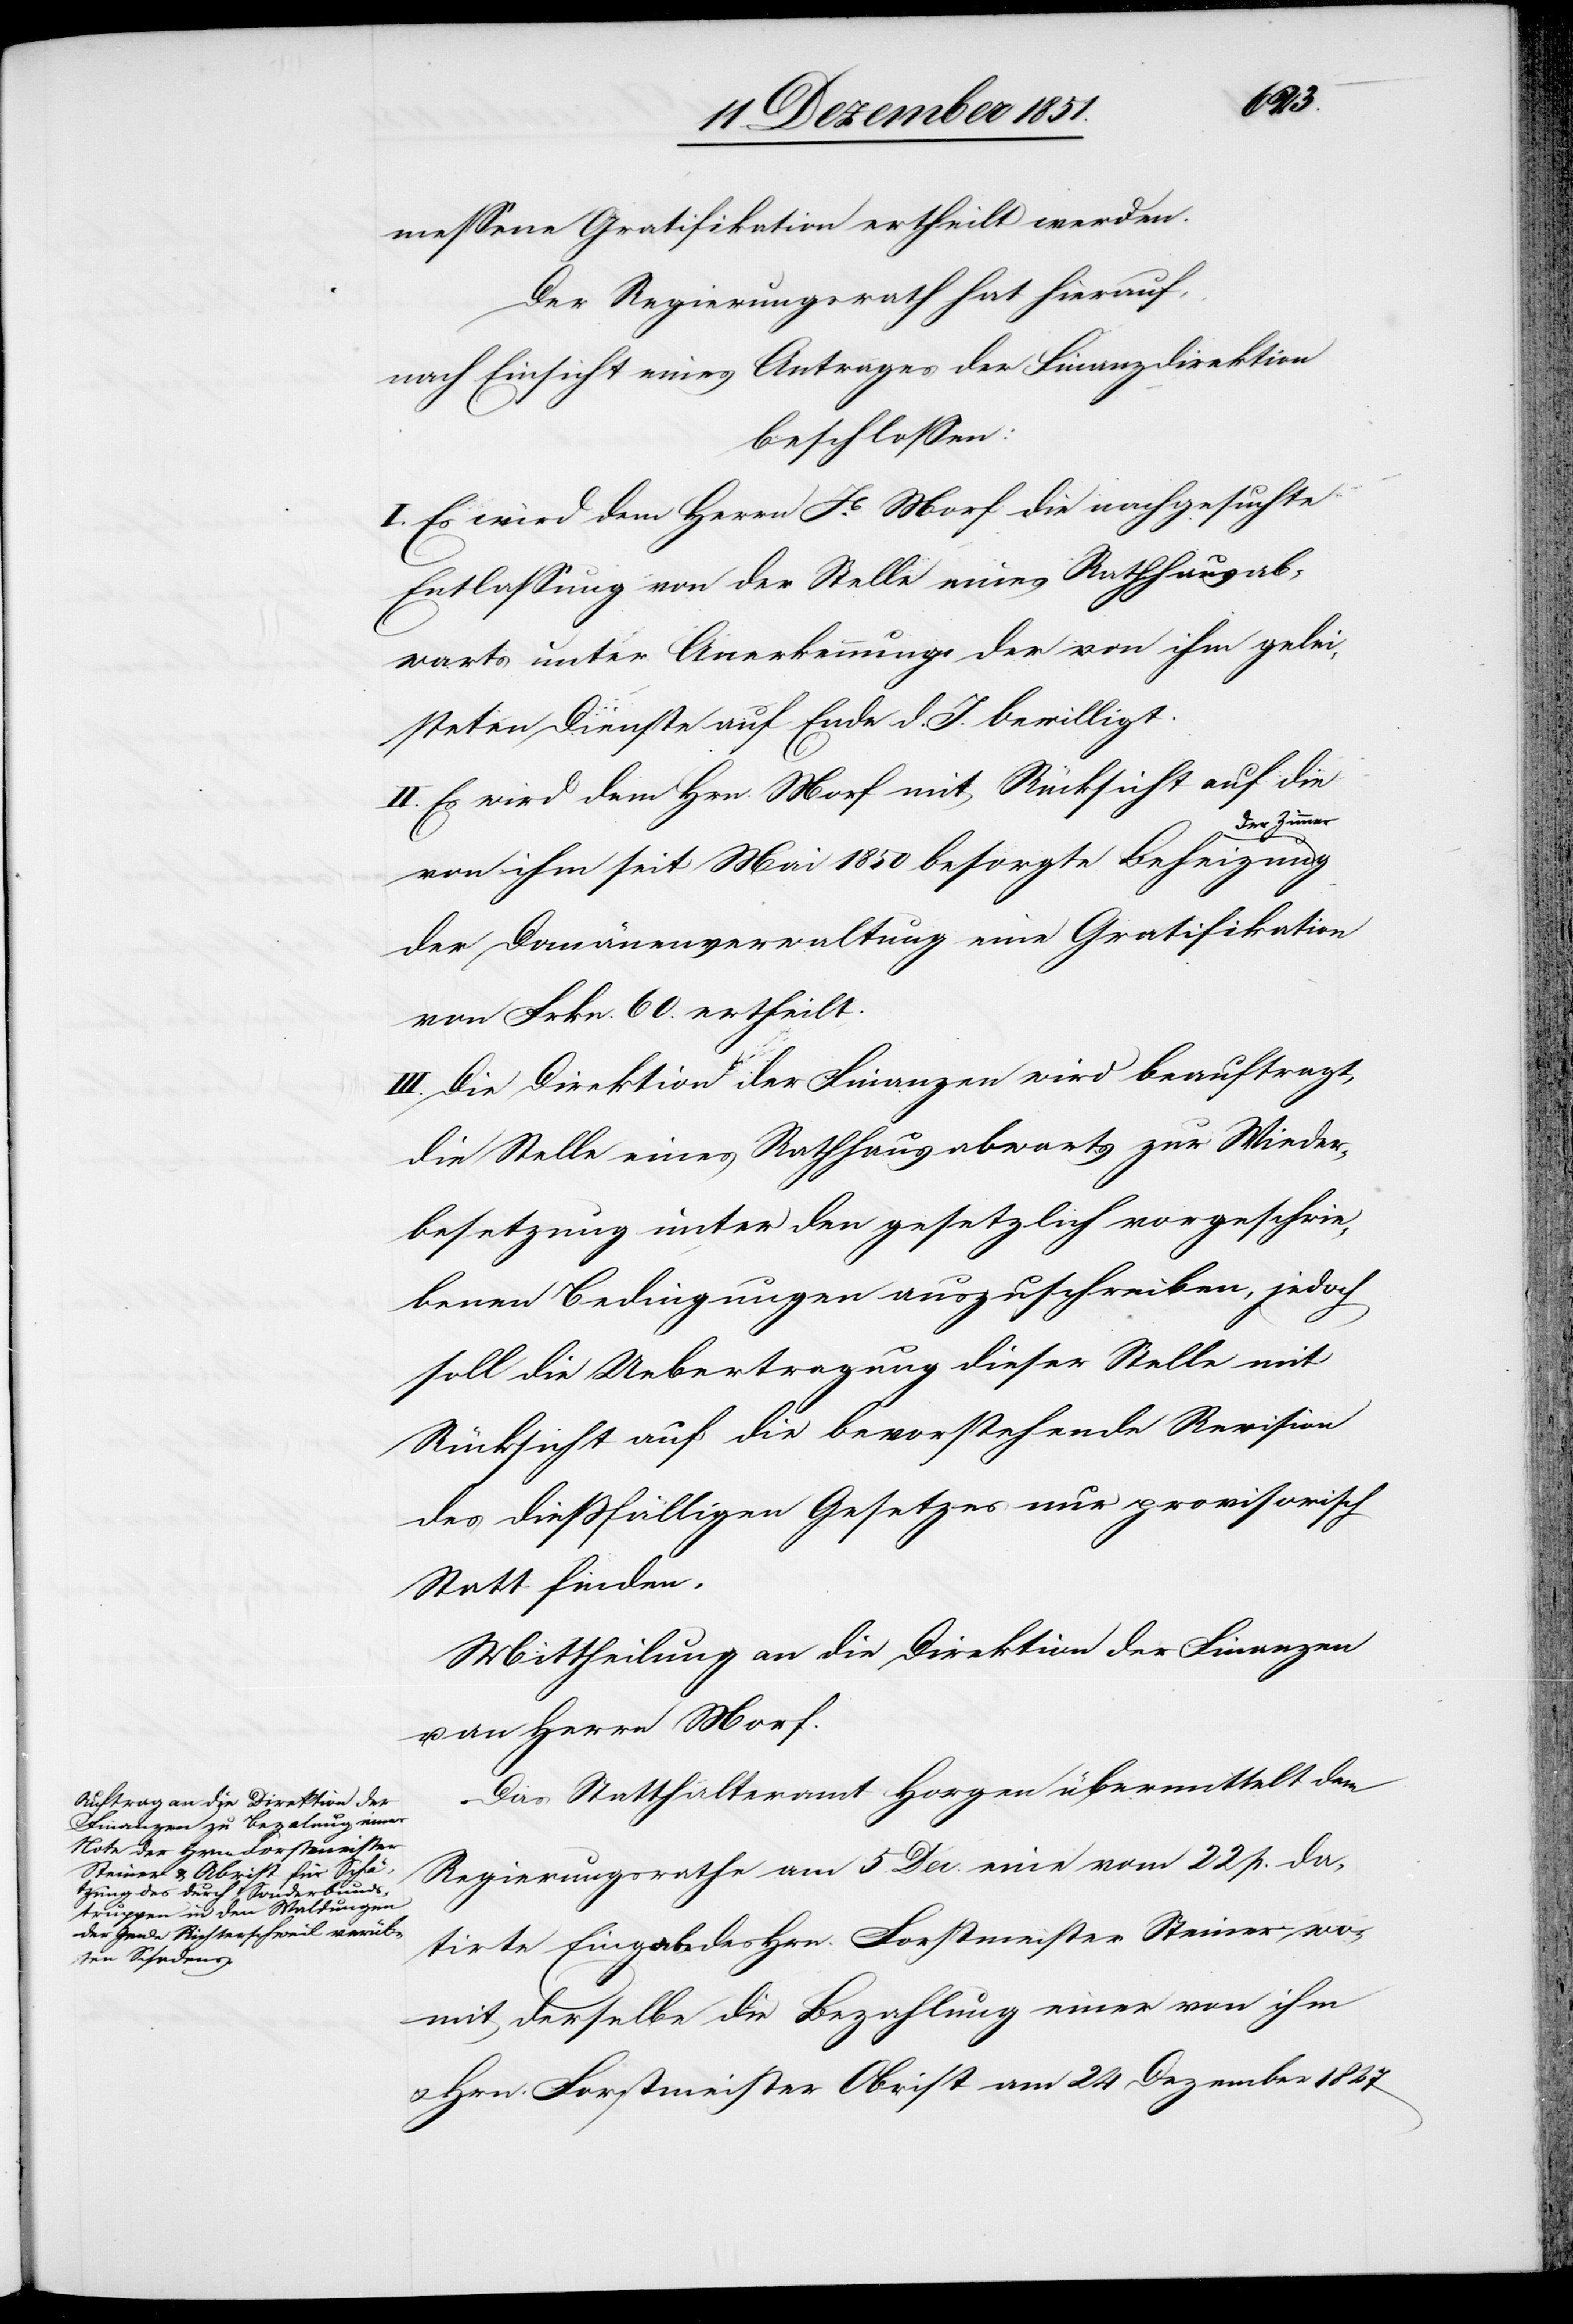
messene Gratifikation ertheilt werden.
Der Regierungsrath hat hierauf,
nach Einsicht eines Antrages der Finanzdirektion
beschlossen:
I. Es wird dem Herrn Jb. Morf die nachgesuchte
Entlassung von der Stelle eines Rathhausab¬
warts unter Anerkennung der von ihm gelei¬
steten Dienste auf Ende d. J. bewilligt.
II. Es wird dem Hrn. Morf mit Rücksicht auf die
der Zimmer
von ihm seit Mai 1850 besorgte Beheizung
der Domänenverwaltung eine Gratifikation
von Frkn. 60. ertheilt.
III. Die Direktion der Finanzen wird beauftragt,
die Stelle eines Rathhausabwarts zur Wieder¬
besetzung unter den gesetzlich vorgeschrie¬
benen Bedingungen auszuschreiben, jedoch
soll die Uebertragung dieser Stelle mit
Rücksicht auf die bevorstehende Revision
des dießfälligen Gesetzes nur provisorisch
Statt finden.
Mittheilung an die Direktion der Finanzen
u. an Herrn Morf.
Das Statthalteramt Horgen übermittelt dem
Regierungsrathe am 5. Dec. eine vom 22 p. da¬
tirte Eingabe des Hrn. Forstmeister Steiner, wo¬
mit derselbe die Bezahlung einer von ihm
Hrn. Forstmeister Obrist am 24 Dezember 1847